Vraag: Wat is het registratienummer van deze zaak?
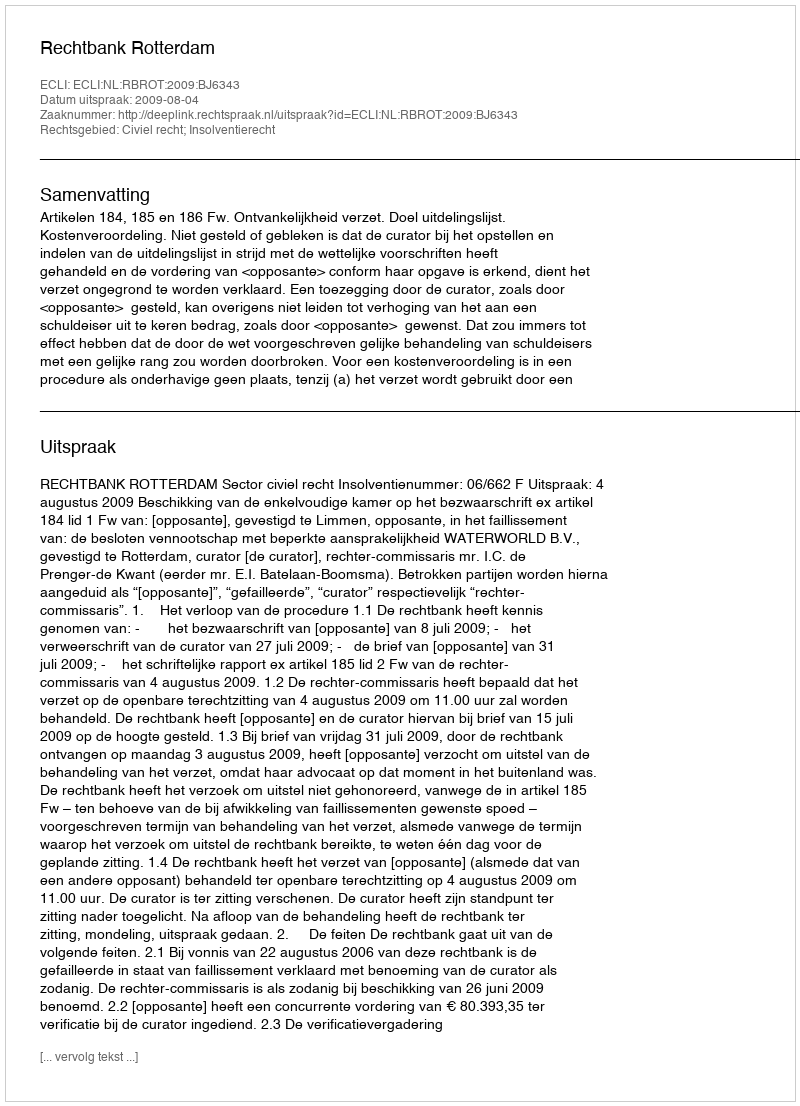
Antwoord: http://deeplink.rechtspraak.nl/uitspraak?id=ECLI:NL:RBROT:2009:BJ6343